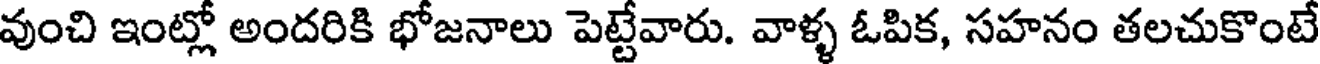
వుంచి ఇంట్లో అందరికి భోజనాలు పెట్టేవారు. వాళ్ళ ఓపిక, సహనం తలచుకొంటే